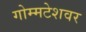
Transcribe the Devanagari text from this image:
गोम्मटेशवर